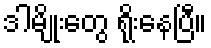
ဒါမျိုးတွေ ရိုးနေပြီ။